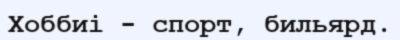
Хоббиі - спорт, бильярд.